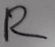
Text: R